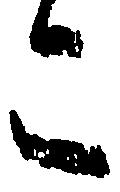
こ